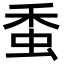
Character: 𧉷